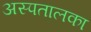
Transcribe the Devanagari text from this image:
अस्पतालका